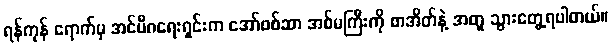
ရန်ကုန် ရောက်မှ အင်မီဂရေးရှင်းက အော်ဖစ်ဆာ အစ်မကြီးကို စာအိတ်နဲ့ အတူ သွားတွေ့ရပါတယ်။